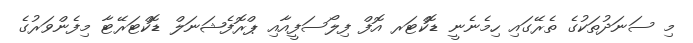
މި ސަނަދުތަކުގެ ތެރޭގައި ހިމެނެނީ ޑޮކްޓަރ އޮފް ފިލޯސަފީއާއި ޕްރޮފެޝަނަލް ޑޮކްޓަރޭޓާ މިފެންވަރުގެ